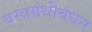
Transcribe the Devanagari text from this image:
वस्त्रग्रंथीबंधन